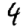
Digit: 4